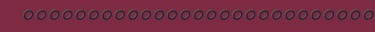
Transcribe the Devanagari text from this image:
०००००००००००००००००००००००००००